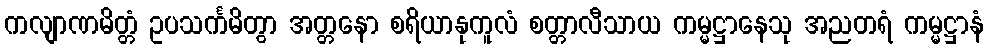
ကလျာဏမိတ္တံ ဥပသင်္ကမိတွာ အတ္တနော စရိယာနုကူလံ စတ္တာလီသာယ ကမ္မဋ္ဌာနေသု အညတရံ ကမ္မဋ္ဌာနံ